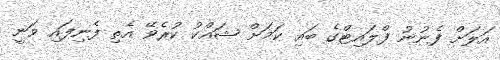
އަލަށް ފެނުނު ފްލައިޓްގެ ބައި ކަމަށް ޝައްކު ކުރެވޭ އެތި ފެނިފައި ވަނީ